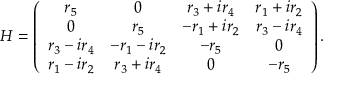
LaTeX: H = \left( \begin{array} { c c c c } { { r _ { 5 } } } & { { 0 } } & { { r _ { 3 } + i r _ { 4 } } } & { { r _ { 1 } + i r _ { 2 } } } \\ { { 0 } } & { { r _ { 5 } } } & { { - r _ { 1 } + i r _ { 2 } } } & { { r _ { 3 } - i r _ { 4 } } } \\ { { r _ { 3 } - i r _ { 4 } } } & { { - r _ { 1 } - i r _ { 2 } } } & { { - r _ { 5 } } } & { { 0 } } \\ { { r _ { 1 } - i r _ { 2 } } } & { { r _ { 3 } + i r _ { 4 } } } & { { 0 } } & { { - r _ { 5 } } } \end{array} \right) .